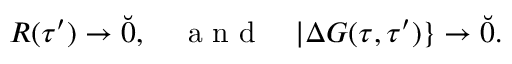
R ( \tau ^ { \prime } ) \to \breve { 0 } , \quad \mathrm { ~ a ~ n ~ d ~ } \quad | \Delta G ( \tau , \tau ^ { \prime } ) \} \to \breve { 0 } .